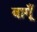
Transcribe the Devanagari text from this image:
बागूँ